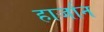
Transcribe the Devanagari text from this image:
हार्जान